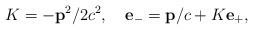
\begin{align*}K=-{\bf p}^2/2c^2,\quad {\bf e}_-={\bf p}/c+K{\bf e}_+,\end{align*}